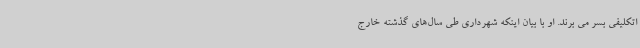
اتکلیفی بسر می برند. او با بیان اینکه شهرداری طی سال‌های گذشته خارج